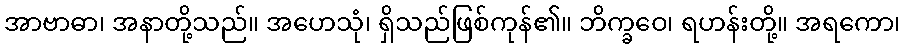
အာဗာဓာ၊ အနာတို့သည်။ အဟေသုံ၊ ရှိသည်ဖြစ်ကုန်၏။ ဘိက္ခဝေ၊ ရဟန်းတို့။ အရကော၊